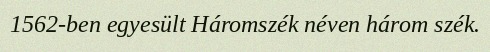
1562-ben egyesült Háromszék néven három szék.